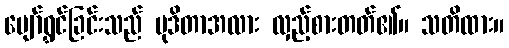
ပျော်ရွှင်ခြင်းသည် မုဒိတာအလား လှည့်စားတတ်၏။ သတိထား။